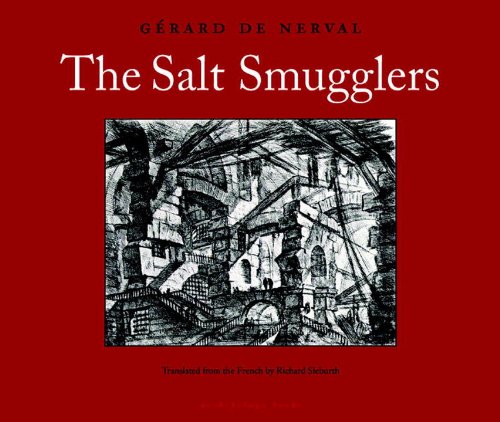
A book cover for The Salt Smugglers; GÃ©rard de Nerval; Literature & Fiction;